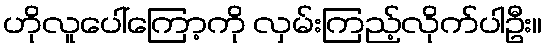
ဟိုလူပေါ်ကြော့ကို လှမ်းကြည့်လိုက်ပါဦး။